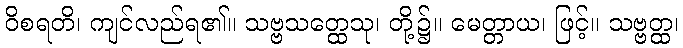
ဝိစရတိ၊ ကျင်လည်ရ၏။ သဗ္ဗသတ္ထေသု၊ တို့၌။ မေတ္တာယ၊ ဖြင့်။ သဗ္ဗတ္ထ၊